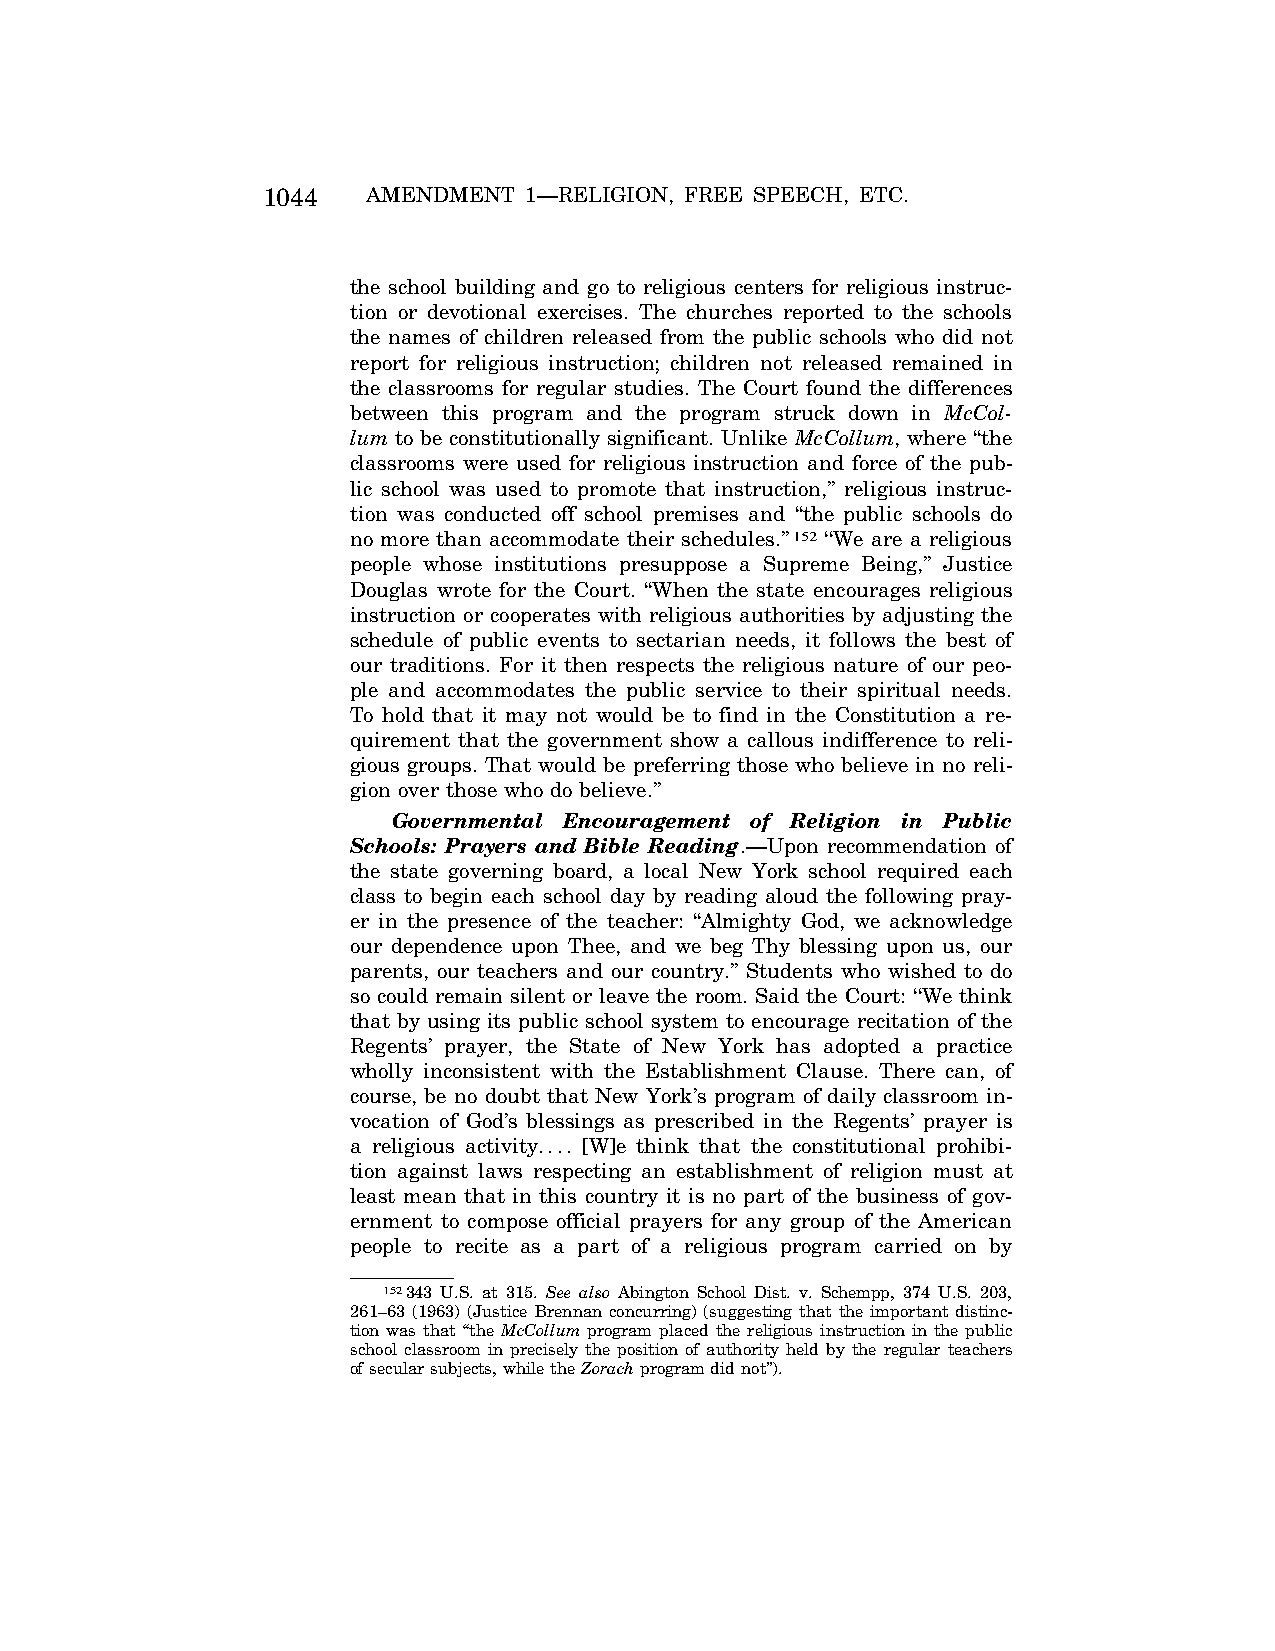
1044   AMENDMENT  1—RELIGION, FREE SPEECH, ETC.
 the school building and go to religious centers for religious instruc-
 tion or devotional exercises. The churches reported to the schools
 the names of children released from the public schools who did not
 report for religious instruction; children not released remained in
 the classrooms for regular studies. The Court found the differences
 between this program and the program struck down in McCol-
 lum to be constitutionally significant. Unlike McCollum, where ‘‘the
 classrooms were used for religious instruction and force of the pub-
 lic school was used to promote that instruction,’’ religious instruc-
 tion was conducted off school premises and ‘‘the public schools do
 no more than accommodate their schedules.’’152 ‘‘We are a religious
 people whose institutions presuppose a Supreme Being,’’ Justice
 Douglas wrote for the Court. ‘‘When the state encourages religious
 instruction or cooperates with religious authorities by adjusting the
 schedule of public events to sectarian needs, it follows the best of
 our traditions. For it then respects the religious nature of our peo-
 ple and accommodates the public service to their spiritual needs.
 To hold that it may not would be to find in the Constitution a re-
 quirement that the government show a callous indifference to reli-
 gious groups. That would be preferring those who believe in no reli-
 gion over those who do believe.’’
 Governmental Encouragement of Religion in Public
 Schools: Prayers and Bible Reading.—Upon recommendation of
 the state governing board, a local New York school required each
 class to begin each school day by reading aloud the following pray-
 er in the presence of the teacher: ‘‘Almighty God, we acknowledge
 our dependence upon Thee, and we beg Thy blessing upon us, our
 parents, our teachers and our country.’’ Students who wished to do
 so could remain silent or leave the room. Said the Court: ‘‘We think
 that by using its public school system to encourage recitation of the
 Regents’ prayer, the State of New York has adopted a practice
 wholly inconsistent with the Establishment Clause. There can, of
 course, be no doubt that New York’s program of daily classroom in-
 vocation of God’s blessings as prescribed in the Regents’ prayer is
 a religious activity.... [W]e think that the constitutional prohibi-
 tion against laws respecting an establishment of religion must at
 least mean that in this country it is no part of the business of gov-
 ernment to compose official prayers for any group of the American
 people to recite as a part of a religious program carried on by
 152343 U.S. at 315. See also Abington School Dist. v. Schempp, 374 U.S. 203,
 261–63 (1963) (Justice Brennan concurring) (suggesting that the important distinc-
 tion was that ‘‘the McCollum program placed the religious instruction in the public
 school classroom in precisely the position of authority held by the regular teachers
 of secular subjects, while the Zorachprogram did not’’).
 VerDate Apr<15>2004 08:57 Jun 25, 2004 Jkt 077500 PO 00000 Frm 00032 Fmt 8222 Sfmt 8222 C:\CONAN\CON024.SGM PRFM99 PsN: CON024